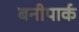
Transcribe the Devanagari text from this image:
बनीपार्क